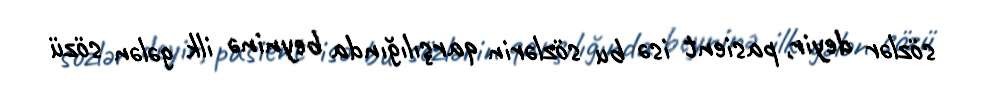
sözlər deyir, pasient isə bu sözlərin qarşılığında beyninə ilk gələn sözü